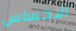
الاحساس